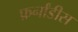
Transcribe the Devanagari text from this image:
फ़र्नांडीस